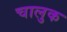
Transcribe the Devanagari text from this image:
चालुक